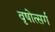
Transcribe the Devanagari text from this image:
वृषोत्सर्ग